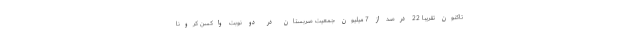
تاکنون تقریبا 22 درصد از 7 میلیون جمعیت صربستان در دو نوبت واکسن کرونا